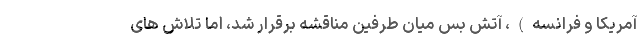
آمریکا و فرانسه)، آتش بس میان طرفین مناقشه برقرار شد، اما تلاش های